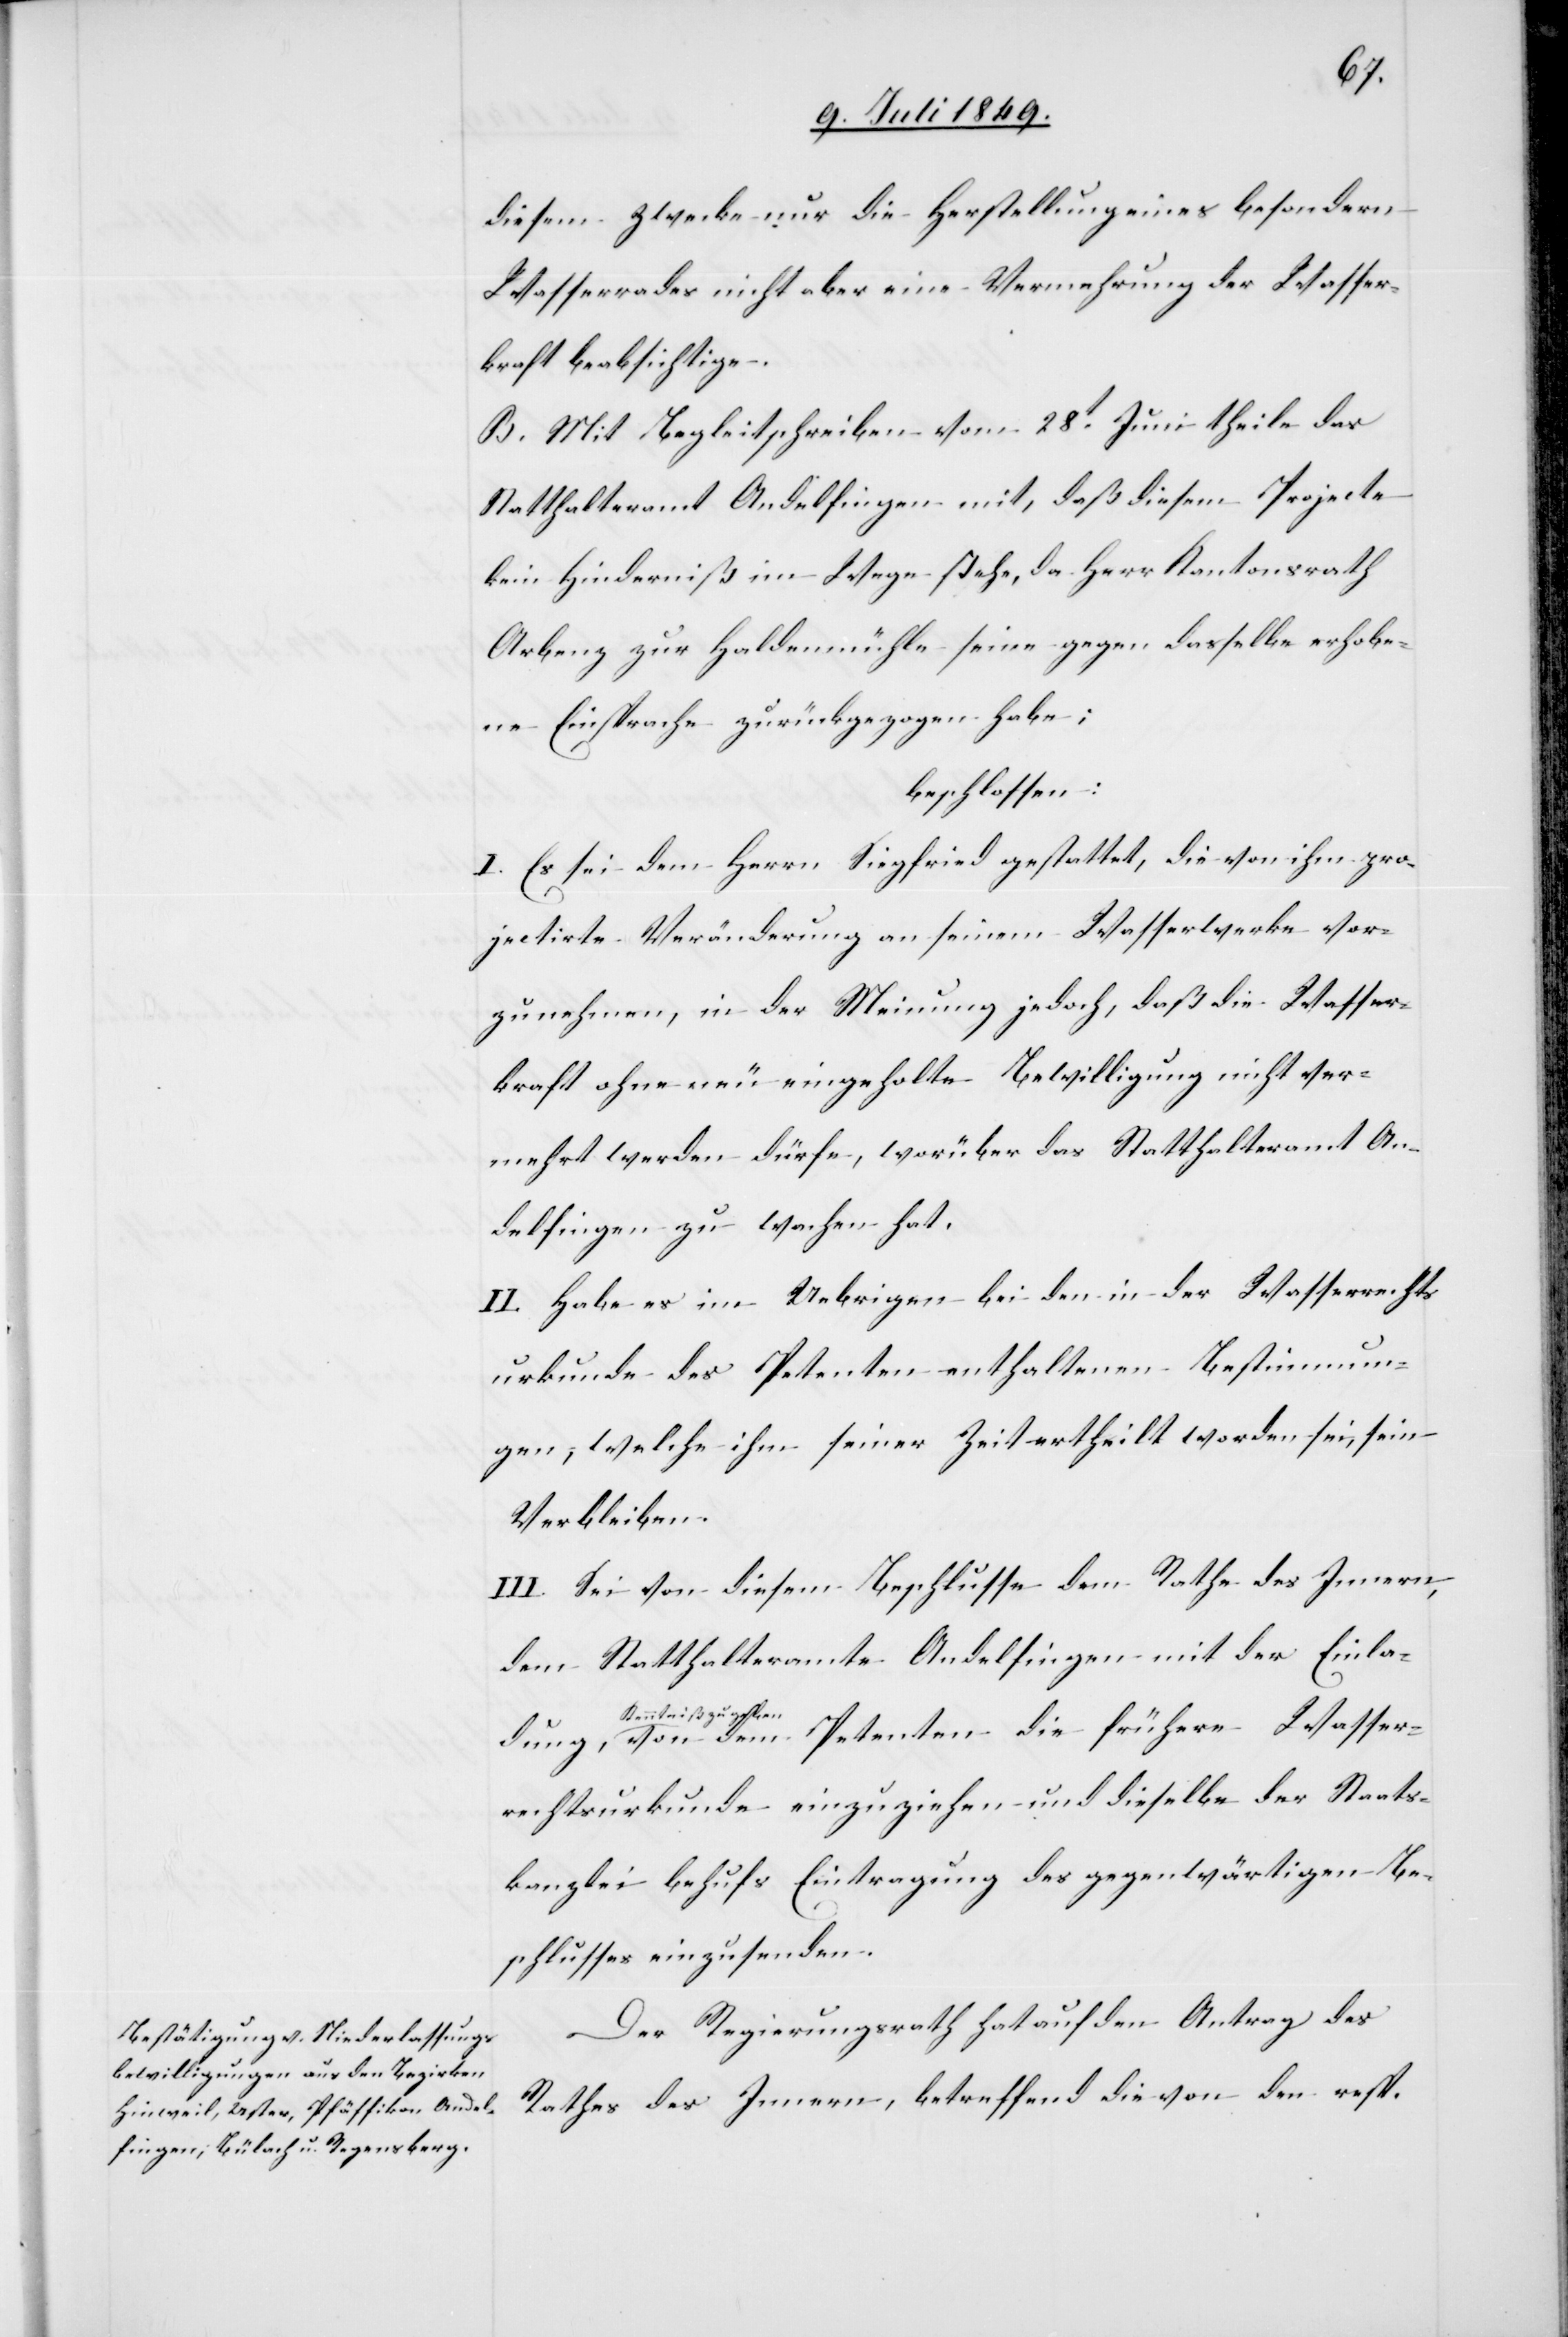
diesem Zwecke nur die Herstellung eines besondern
Wasserrades nicht aber eine Vermehrung der Wasser¬
kraft beabsichtige.
B. Mit Begleitschreiben vom 28t Juni theile das
Statthalteramt Andelfingen mit, daß diesem Projecte
kein Hinderniß im Wege stehe, da Herr Kantonsrath
Arbenz zur Haldenmühle seine gegen dasselbe erhobe¬
ne Einsprache zurückgezogen habe;
beschlossen:
I. Es sei dem Herrn Siegfried gestattet, die von ihm pro¬
jectirte Veränderung an seinem Wasserwerke vor¬
zunehmen, in der Meinung jedoch, daß die Wasser¬
kraft ohne neu eingeholte Bewilligung nicht ver¬
mehrt werden dürfe, worüber das Statthalteramt An¬
delfingen zu wachen hat.
II. Habe es im Uebrigen bei den in der Wasserrechts¬
urkunde des Petenten enthaltenen Bestimmun¬
gen, welche ihm seiner Zeit ertheilt worden sei, sein
Verbleiben.
III. Sei von diesem Beschlusse dem Rathe des Innern,
dem Statthalteramte Andelfingen mit der Einlad¬
ung,
zu gebe¬
n-a von dem Petenten die frühere Wasser¬
rechtsurkunde einzuziehen und dieselbe der Staats¬
kanzlei behufs Eintragung des gegenwärtigen Be¬
schlusses einzusenden.
Der Regierungsrath hat auf den Antrag des
Rathes des Innern, betreffend die von den resp.